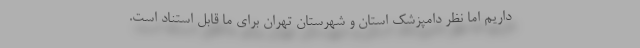
داریم اما نظر دامپزشک استان و شهرستان تهران برای ما قابل استناد است.